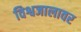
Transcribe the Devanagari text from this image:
विश्वजालावर